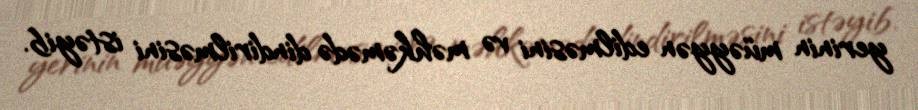
yerinin müəyyən edilməsini və məhkəmədə dindirilməsini istəyib.